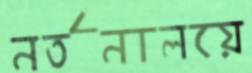
নর্তনালয়ে